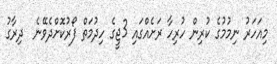
މިއަހަރު ނިމުމުގެ ކުރިން ހުރިހާ ރަށެއްގައި 3ޖީގެ ހިދުމަތް ފޯރުކޮށްދެވޭނެ  ދިރާގު